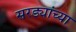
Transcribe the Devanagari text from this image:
सरड्यांच्या